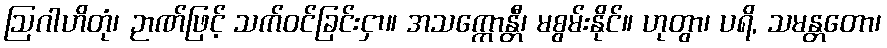
ဩဂါဟိတုံ၊ ဉာဏ်ဖြင့် သက်ဝင်ခြင်းငှာ။ အသက္ကောန္တီ၊ မစွမ်းနိုင်။ ဟုတွာ၊ ပရိ, သမန္တတော၊